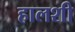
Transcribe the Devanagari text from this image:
हालशी